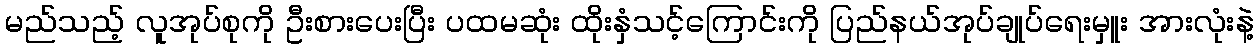
မည်သည့် လူအုပ်စုကို ဦးစားပေးပြီး ပထမဆုံး ထိုးနှံသင့်ကြောင်းကို ပြည်နယ်အုပ်ချုပ်ရေးမှူး အားလုံးနဲ့